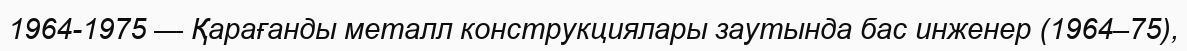
1964-1975 — Қарағанды металл конструкциялары заутында бас инженер (1964–75),